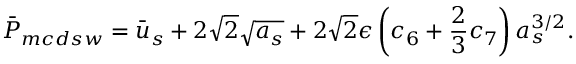
\bar { P } _ { m c d s w } = \bar { u } _ { s } + 2 \sqrt { 2 } \sqrt { a _ { s } } + 2 \sqrt { 2 } \epsilon \left( c _ { 6 } + \frac { 2 } { 3 } c _ { 7 } \right) a _ { s } ^ { 3 / 2 } .